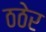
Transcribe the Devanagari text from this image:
ठठेर